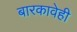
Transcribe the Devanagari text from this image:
बारकावेही